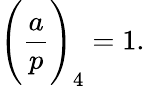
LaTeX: {\Bigg(}{\frac{a}{p}}{\Bigg)}_{4}=1.